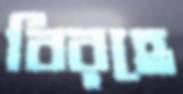
বিরহে